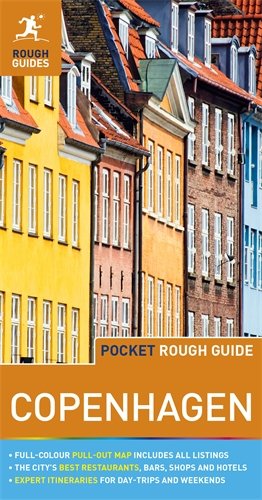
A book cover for Pocket Rough Guide Copenhagen (Rough Guide Pocket Guides); Lone Mouritsen; Travel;